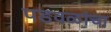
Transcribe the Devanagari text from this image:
पडवळांचा